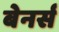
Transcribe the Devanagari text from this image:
बेनर्स